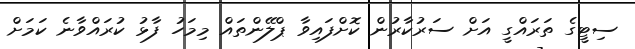
ސިޓީގެ ތަރައްގީ އަށް ސަރުކާރުން ކޮށްފައިވާ ޕްލޭންތައް މިމަހު ފާޅު ކުރައްވާނެ ކަމަށް